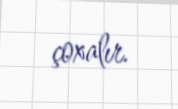
çoxalır.